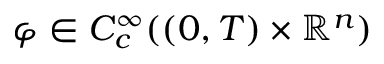
\varphi \in C _ { c } ^ { \infty } ( ( 0 , T ) \times \mathbb { R } ^ { n } )